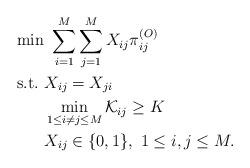
LaTeX: \begin{align*}\min& \ \sum_{i=1}^M \sum_{j=1}^M X_{ij} \pi^{(O)}_{ij} \\{\rm s.t.\ }& X_{ij} = X_{ji} \\&\min_{1 \leq i \neq j \leq M} \mathcal{K}_{ij} \geq K \\&X_{ij} \in \{0,1\},\ 1 \leq i,j\leq M.\end{align*}